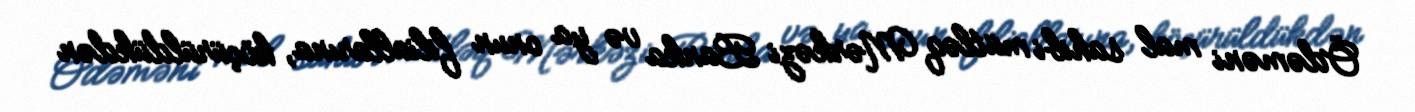
Ödəməni mal sahibi mütləq Mərkəzi Banka və ya onun filiallarına, köçürüldükdən